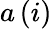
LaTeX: a\left(i\right)